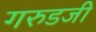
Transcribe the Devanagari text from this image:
गरुडजी